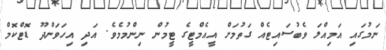
ނަމުގައި އަމިއްލަ ވެބުސައިޓެއް ގަތުމަށް އީއެމްޓީގެ ޓީމުން ނިންމުމެވެ. އަދި އިހަވަންދޫ ޑޮޓްކޮމް